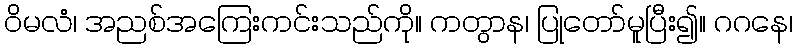
ဝိမလံ၊ အညစ်အကြေးကင်းသည်ကို။ ကတွာန၊ ပြုတော်မူပြီး၍။ ဂဂနေ၊